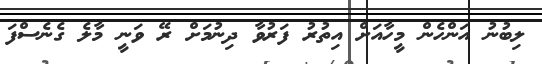
ލިބުނު އަންހެން މީހާއަށް އިތުރު ފަރުވާ ދިނުމަށް ރޭ ވަނީ މާލެ ގެނެސްފަ